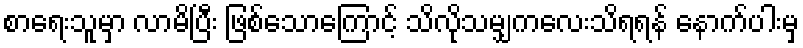
စာရေးသူမှာ လာမိပြီး ဖြစ်သောကြောင့် သိလိုသမျှကလေးသိရရန် နောက်ပါးမှ